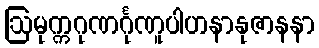
ဩမုက္ကဂုဏင်္ဂုဏူပါဟနာနုဇာနနာ